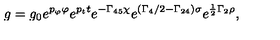
\displaystyle { g = g _ { 0 } e ^ { p _ { \varphi } \varphi } e ^ { p _ { t } t } e ^ { - \Gamma _ { 4 5 } \chi } e ^ { ( \Gamma _ { 4 } / 2 - \Gamma _ { 2 4 } ) \sigma } e ^ { \frac { 1 } { 2 } \Gamma _ { 2 } \rho } } ,